Civil Veterinary Dept. Bombay admin report 1923-31 - 1923-1931
Year: 1923
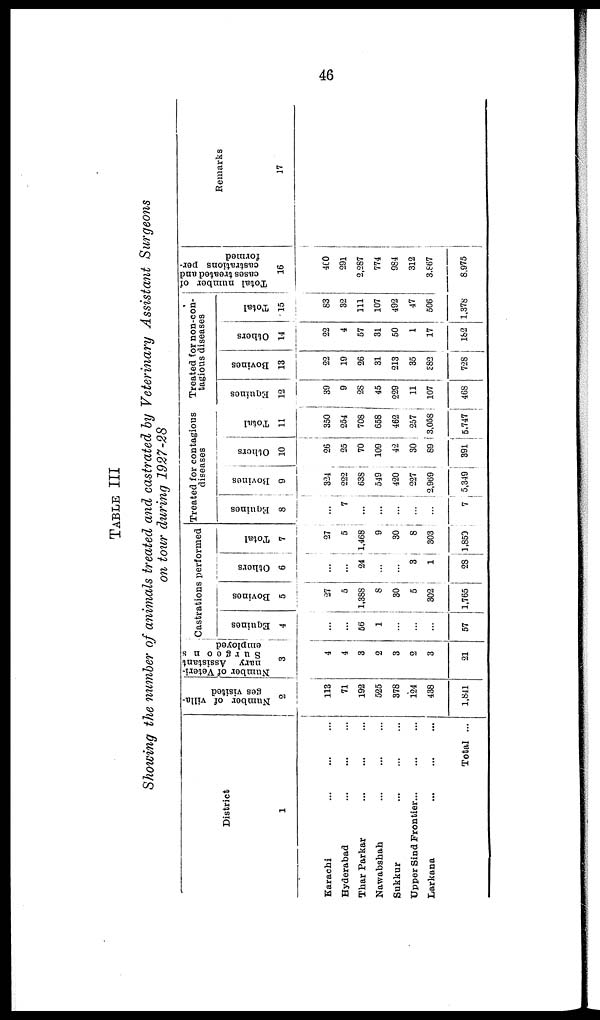
46
TABLE III
Showing the number of animals treated and castrated by Veterinary Assistant Surgeons
on tour during 1927-28
District
1
Karachi ... ... ...
Hyderabad ... ... ...
Thar Parkar ... ... ...
Nawabshah ... ... ...
Sukkur ... ... ...
Upper Sind Frontier ... ... ...
Larkana ... ... ...
Total ...
Number of villa-
ges visited
2
113
71
192
525
378
124
438
1,841
Number of Veteri-
nary Assistant
Surgeons
employed
3
4
4
3
2
3
2
3
21
Castrations performed
Equines
4
...
...
56
1
...
...
...
57
Bovines
5
27
5
1,388
8
30
5
302
1,765
Others
6
...
...
24
...
...
3
l
28
Total
7
27
5
1,468
9
30
8
303
1,850
Treated for contagious
diseases
Equines
8
...
7
...
...
...
...
...
7
Bovines
9
324
222
638
549
420
227
2,969
5,349
Others
10
26
25
70
109
42
30
89
391
Total
11
350
254
708
658
462
257
3,058
5,747
Treated for non-con-
tagious diseases
Equines
12
39
9
28
45
229
11
107
468
Bovines
13
22
19
26
31
213
35
882
728
Others
14
22
4
57
31
50
1
17
182
Total
15
83
32
111
107
492
47
506
1,378
Total number of
cases treated and
castrations per-
formed
16
460
291
2,287
774
984
312
3,867
8,975
Remarks
17